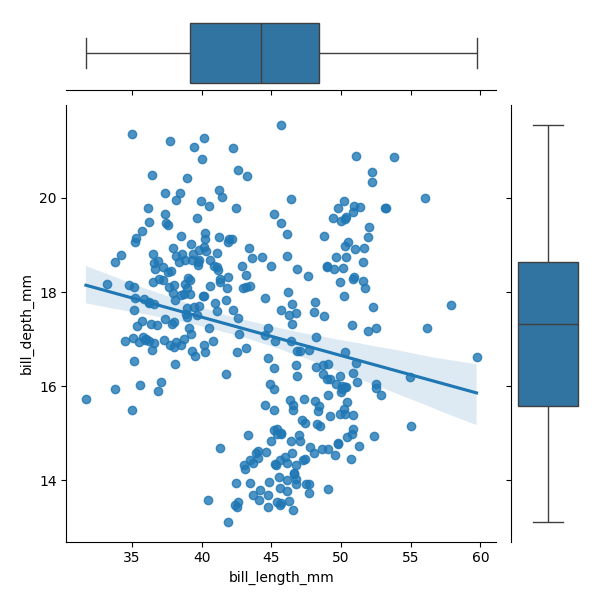
python, seaborn, JointGrid, regplot, boxplot